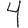
Digit: 4